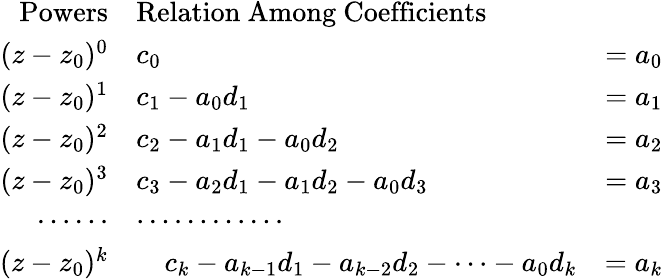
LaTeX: \begin{array}{rlr}{\mathrm{Powers}}&{\mathrm{Relation\ Among\ Coefficients}}&\\ {(z-z_{0})^{0}}&{c_{0}}&{=a_{0}}\\ {(z-z_{0})^{1}}&{c_{1}-a_{0}d_{1}}&{=a_{1}}\\ {(z-z_{0})^{2}}&{c_{2}-a_{1}d_{1}-a_{0}d_{2}}&{=a_{2}}\\ {(z-z_{0})^{3}}&{c_{3}-a_{2}d_{1}-a_{1}d_{2}-a_{0}d_{3}}&{=a_{3}}\\ {\cdots\cdots}&{\cdots\cdots\cdots\cdots}&\\ {(z-z_{0})^{k}}&{\, \, \, \, \, \, c_{k}-a_{k-1}d_{1}-a_{k-2}d_{2}-\cdots-a_{0}d_{k}}&{=a_{k}}\end{array}